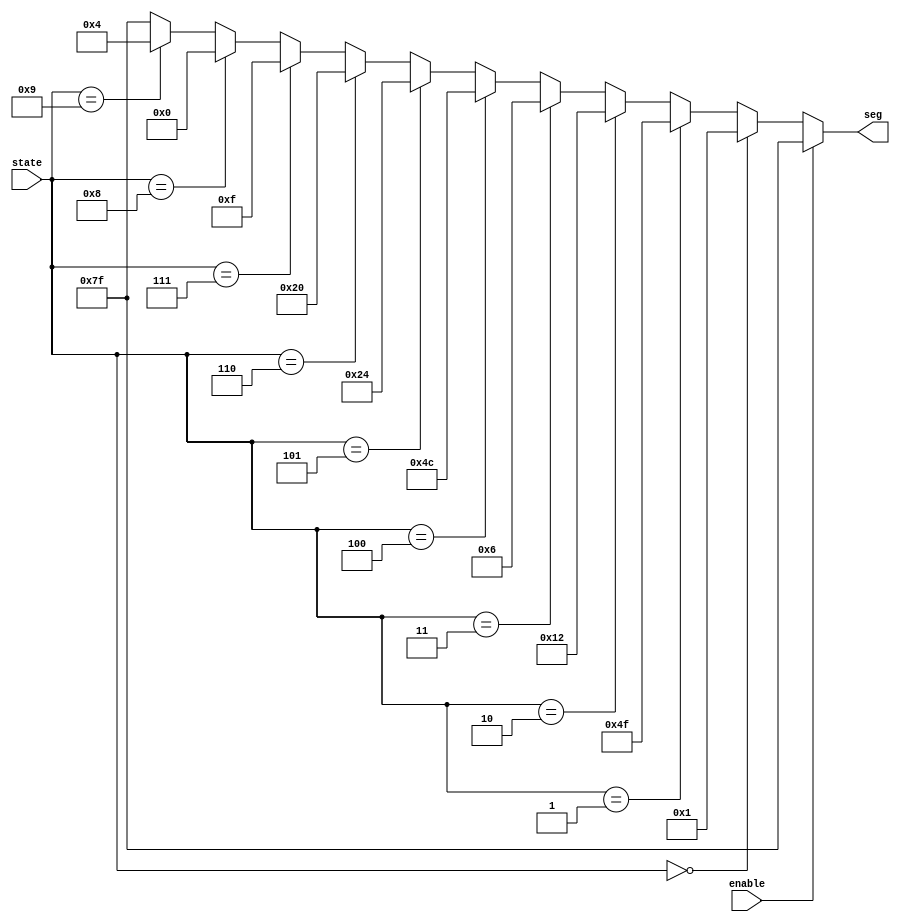
module BCDtoSSD (input wire [3:0]  state, input enable, output [6:0] seg);

// If enabled, turn the SS on 
    assign seg = 
    (enable)     ?  7'b1111111 : // if not enabled, turn off
    (state == 0) ?  7'b0000001 :
    (state == 1) ?  7'b1001111 :
    (state == 2) ?  7'b0010010 :
    (state == 3) ?  7'b0000110:
    (state == 4) ?  7'b1001100 :
    (state == 5) ?  7'b0100100 :
    (state == 6) ?  7'b0100000 :
    (state == 7) ?  7'b0001111 :
    (state == 8) ?  7'b0000000 :
    (state == 9) ?  7'b0000100 :
    7'b1111111; // default : turn off
    
endmodule